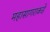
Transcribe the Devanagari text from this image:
महासागराकडे